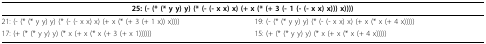
| <COLSPAN=2> 25: (- (* (* y y) y) (* (- (- x x) x) (+ x (* (+ 3 (- 1 (- (- x x) x))) x)))) |
 | --- | --- |
 | 21: (- (* (* y y) y) (* (- (- x x) x) (+ x (* (+ 3 (+ 1 x)) x)))) | 19: (- (* (* y y) y) (* (- (- x x) x) (+ x (* x (+ 4 x))))) |
 | 17: (+ (* (* y y) y) (* x (+ x (* x (+ 3 (+ x 1)))))) | 15: (+ (* (* y y) y) (* x (+ x (* x (+ 4 x))))) |